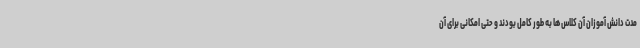
مدت دانش آموزان آن کلاس ها به طور کامل بودند و حتی امکانی برای آن